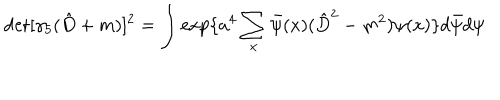
\det [ \gamma _ { 5 } ( \hat { D } + m ) ] ^ { 2 } = \int \exp \{ a ^ { 4 } \sum _ { x } \bar { \psi } ( x ) ( \hat { D } ^ { 2 } - m ^ { 2 } ) \psi ( x ) \} d \bar { \psi } d \psi